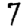
Digit: 7